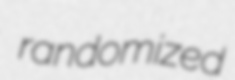
randomized